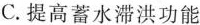
C.提高蓄水滞洪功能